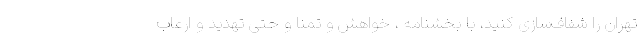
تهران را شفاف‌سازی کنید، با بخشنامه ، خواهش و تمنا و حتی تهدید و ارعاب